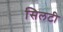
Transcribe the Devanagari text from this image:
सिलटी